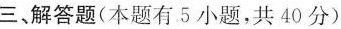
三、解答题(本题有。5小题，共40分)